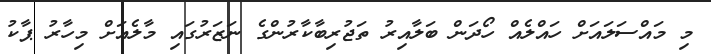
މި މައްސަލައަށް ހައްލެއް ހޯދަން ބަލާއިރު ތަޖުރިބާކާރުންގެ ނަޒަރުގައި މާލެއަށް މިހާރު ޕާކު